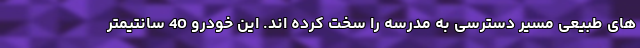
های طبیعی مسیر دسترسی به مدرسه را سخت کرده اند. این خودرو 40 سانتیمتر